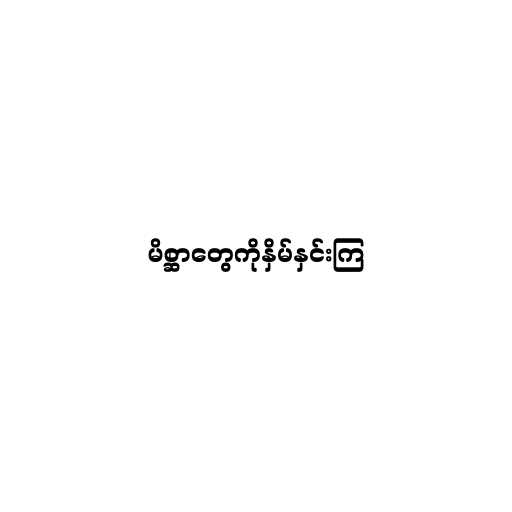
မိစ္ဆာတွေကိုနှိမ်နှင်းကြ